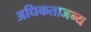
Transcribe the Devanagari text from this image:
अधिकताजन्य